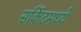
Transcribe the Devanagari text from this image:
सर्किटमध्ये